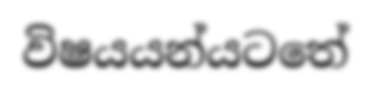
විෂයයන්යටතේ